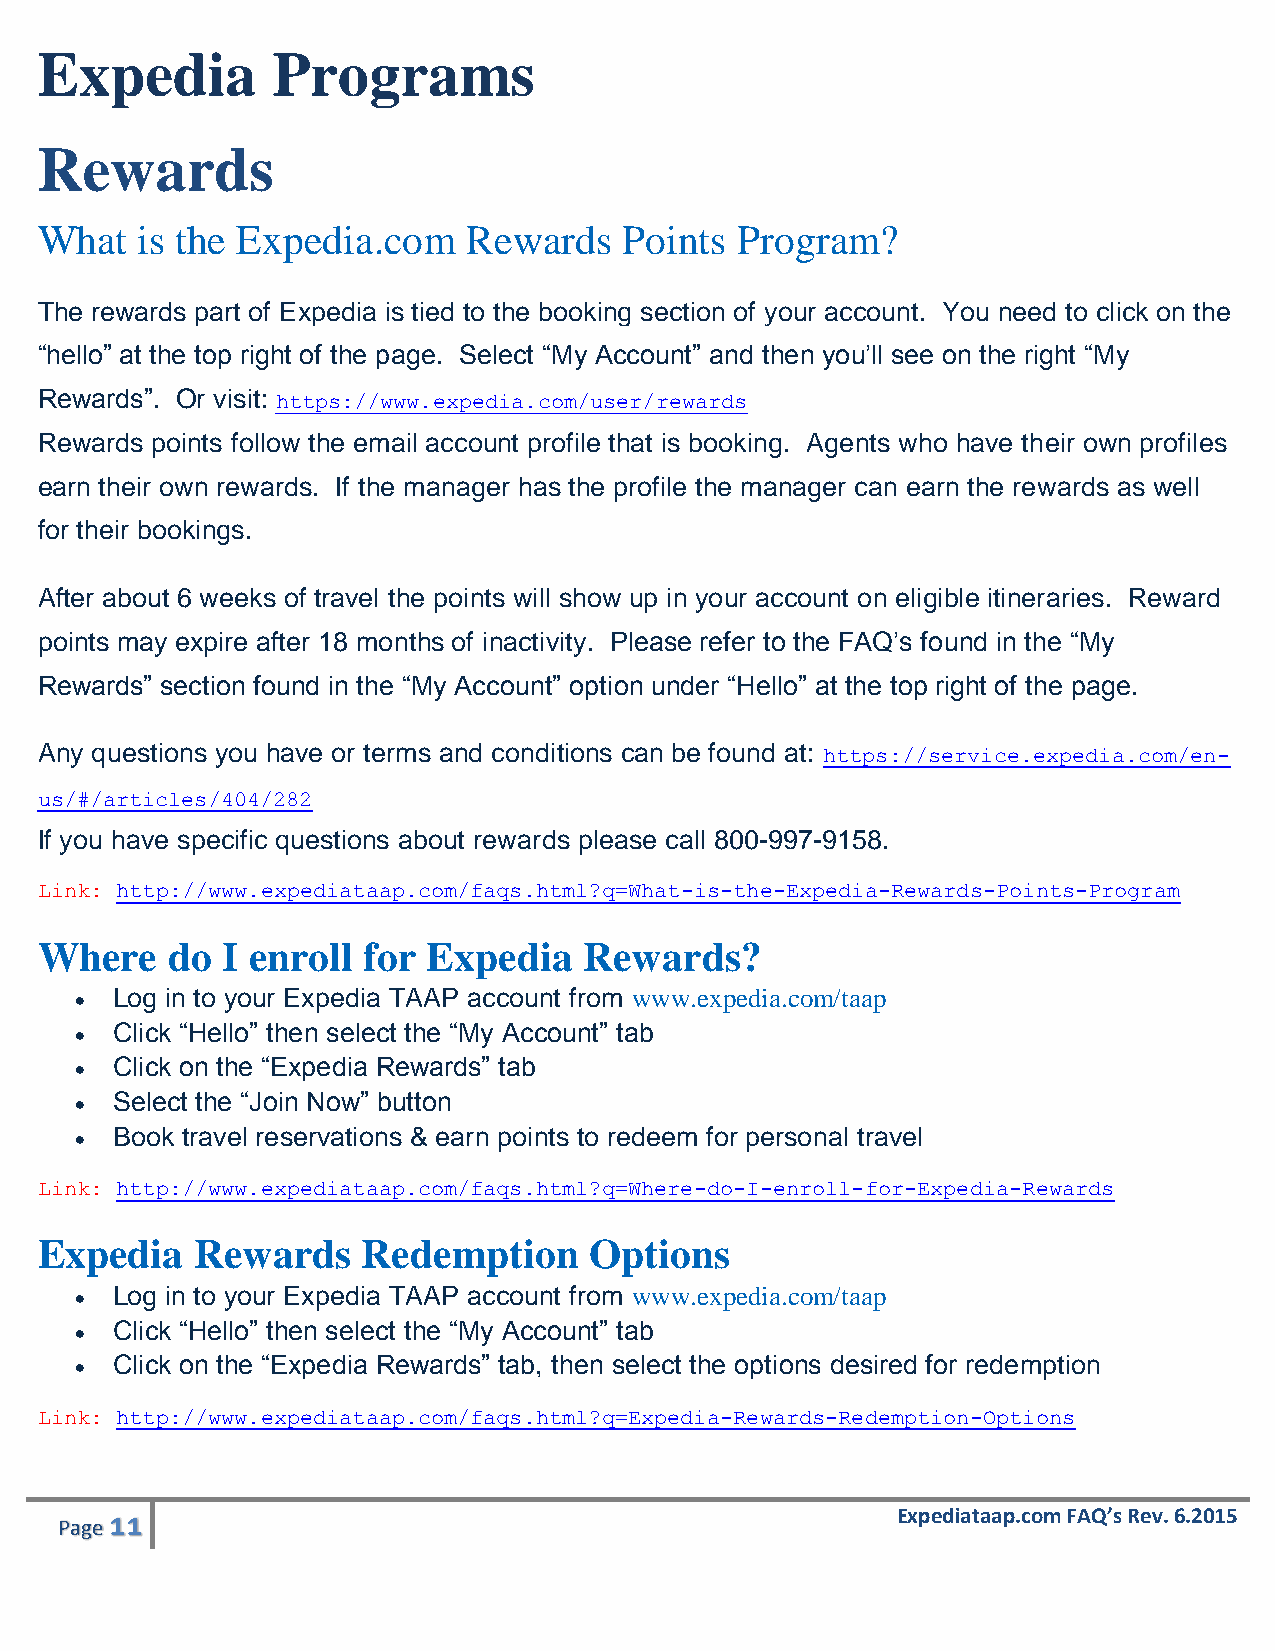
Expedia         Programs
 Rewards
 What   is the Expedia.com    Rewards   Points  Program?
 The rewards part of Expedia is tied to the booking section of your account. You need to click on the
 “hello” at the top right of the page. Select “My Account” and then you’ll see on the right “My
 Rewards”. Or visit: https://www.expedia.com/user/rewards
 Rewards points follow the email account profile that is booking. Agents who have their own profiles
 earn their own rewards. If the manager has the profile the manager can earn the rewards as well
 for their bookings.
 After about 6 weeks of travel the points will show up in your account on eligible itineraries. Reward
 points may expire after 18 months of inactivity. Please refer to the FAQ’s found in the “My
 Rewards” section found in the “My Account” option under “Hello” at the top right of the page.
 Any questions you have or terms and conditions can be found at: https://service.expedia.com/en-
 us/#/articles/404/282
 If you have specific questions about rewards please call 800-997-9158.
 Link: http://www.expediataap.com/faqs.html?q=What-is-the-Expedia-Rewards-Points-Program
 Where    do  I enroll for Expedia    Rewards?
  Log in to your Expedia TAAP account from www.expedia.com/taap
  Click “Hello” then select the “My Account” tab
  Click on the “Expedia Rewards” tab
  Select the “Join Now” button
  Book travel reservations & earn points to redeem for personal travel
 Link: http://www.expediataap.com/faqs.html?q=Where-do-I-enroll-for-Expedia-Rewards
 Expedia    Rewards    Redemption     Options
  Log in to your Expedia TAAP account from www.expedia.com/taap
  Click “Hello” then select the “My Account” tab
  Click on the “Expedia Rewards” tab, then select the options desired for redemption
 Link: http://www.expediataap.com/faqs.html?q=Expedia-Rewards-Redemption-Options
 11                                                  Expediataap.com FAQ’s Rev. 6.2015
 Page